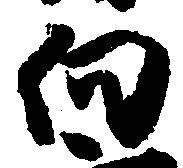
向